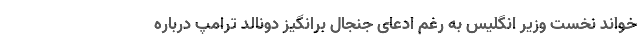
خواند نخست وزیر انگلیس به رغم ادعای جنجال برانگیز دونالد ترامپ درباره